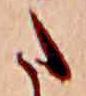
た